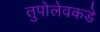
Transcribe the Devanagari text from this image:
तुपोलेवकडे